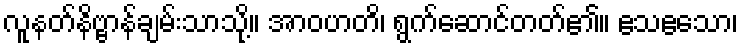
လူနတ်နိဗ္ဗာန်ချမ်းသာသို့။ အာဝဟတိ၊ ရွက်ဆောင်တတ်၏။ ဧသဧသော၊